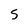
Character: 5